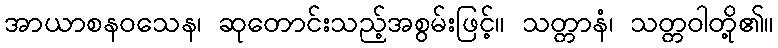
အာယာစနဝသေန၊ ဆုတောင်းသည့်အစွမ်းဖြင့်။ သတ္တာနံ၊ သတ္တဝါတို့၏။